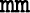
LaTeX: \mathtt{mm}